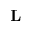
\mathbf { L }